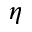
\eta